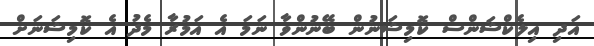
އަދި އިލެކްޝަންސް ކޮމިޝަނުން ބޭނުންވާ ނަމަ އެ އަމުރާ މެދު އެ ކޮމިޝަނަށް